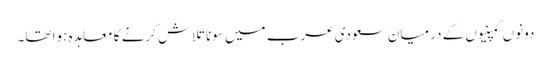
دونوں کمپنیوں کے درمیان سعودی عرب میں سونا تلاش کرنے کا معاہدہ ہوا تھا۔